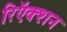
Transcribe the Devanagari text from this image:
रिऍक्शन